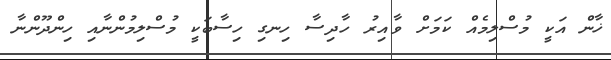
ޚާން އަކީ މުސްލިމެއް ކަމަށް ވާއިރު ހާދިސާ ހިނގި ހިސާބަކީ މުސްލިމުންނާއި ހިންދޫންނާ